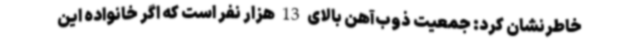
خاطرنشان کرد: جمعیت ذوب‌آهن بالای 13 هزار نفر است که اگر خانواده این